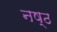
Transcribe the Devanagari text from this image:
नष्ठ